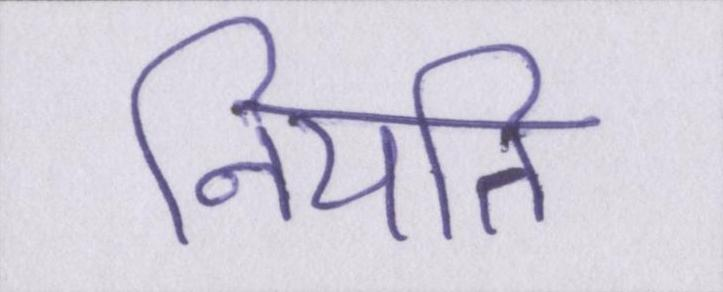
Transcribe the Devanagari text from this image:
नियति